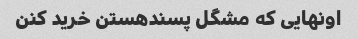
اونهایی که مشگل پسندهستن خرید کنن